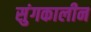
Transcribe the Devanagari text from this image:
सुंगकालीन